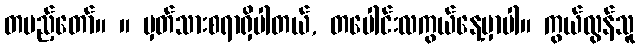
တပည့်တော်။ ။ မှတ်သားစရာရှိပါတယ်, တပေါင်းလကွယ်နေ့မှာပါ။ ကွယ်လွန်သူ